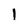
Character: I